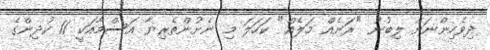
ދިވެހިންނަށް ލިބުނު "ރަނެއް މަލެއް" ކަހަލަ މި ނެށުންތެރިޔާ އަސްމާއަކީ 11 ކުދިންގެ